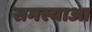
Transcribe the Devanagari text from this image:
समस्याआ